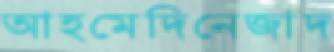
আহমেদিনেজাদ